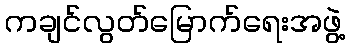
ကချင်လွတ်မြောက်ရေးအဖွဲ့